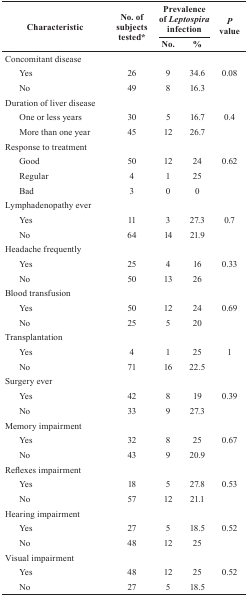
<table><thead><tr><td rowspan="2"><b>Characteristic</b></td><td rowspan="2"><b>No. of subjects tested*</b></td><td colspan="2"><b>Prevalence of <i>Leptospira</i> infection</b></td><td rowspan="2"><b><i>P</i> value</b></td></tr><tr><td><b>No.</b></td><td><b>%</b></td></tr></thead><tbody><tr><td colspan="5">Concomitant disease</td></tr><tr><td>Yes</td><td>26</td><td>9</td><td>34.6</td><td>0.08</td></tr><tr><td>No</td><td>49</td><td>8</td><td>16.3</td><td> </td></tr><tr><td colspan="5">Duration of liver disease</td></tr><tr><td>One or less years</td><td>30</td><td>5</td><td>16.7</td><td>0.4</td></tr><tr><td>More than one year</td><td>45</td><td>12</td><td>26.7</td><td> </td></tr><tr><td colspan="5">Response to treatment</td></tr><tr><td>Good</td><td>50</td><td>12</td><td>24</td><td>0.62</td></tr><tr><td>Regular</td><td>4</td><td>1</td><td>25</td><td> </td></tr><tr><td>Bad</td><td>3</td><td>0</td><td>0</td><td> </td></tr><tr><td colspan="5">Lymphadenopathy ever</td></tr><tr><td>Yes</td><td>11</td><td>3</td><td>27.3</td><td>0.7</td></tr><tr><td>No</td><td>64</td><td>14</td><td>21.9</td><td> </td></tr><tr><td colspan="5">Headache frequently</td></tr><tr><td>Yes</td><td>25</td><td>4</td><td>16</td><td>0.33</td></tr><tr><td>No</td><td>50</td><td>13</td><td>26</td><td> </td></tr><tr><td colspan="5">Blood transfusion</td></tr><tr><td>Yes</td><td>50</td><td>12</td><td>24</td><td>0.69</td></tr><tr><td>No</td><td>25</td><td>5</td><td>20</td><td> </td></tr><tr><td colspan="5">Transplantation</td></tr><tr><td>Yes</td><td>4</td><td>1</td><td>25</td><td>1</td></tr><tr><td>No</td><td>71</td><td>16</td><td>22.5</td><td> </td></tr><tr><td colspan="5">Surgery ever</td></tr><tr><td>Yes</td><td>42</td><td>8</td><td>19</td><td>0.39</td></tr><tr><td>No</td><td>33</td><td>9</td><td>27.3</td><td> </td></tr><tr><td colspan="5">Memory impairment</td></tr><tr><td>Yes</td><td>32</td><td>8</td><td>25</td><td>0.67</td></tr><tr><td>No</td><td>43</td><td>9</td><td>20.9</td><td> </td></tr><tr><td colspan="5">Reflexes impairment</td></tr><tr><td>Yes</td><td>18</td><td>5</td><td>27.8</td><td>0.53</td></tr><tr><td>No</td><td>57</td><td>12</td><td>21.1</td><td> </td></tr><tr><td colspan="5">Hearing impairment</td></tr><tr><td>Yes</td><td>27</td><td>5</td><td>18.5</td><td>0.52</td></tr><tr><td>No</td><td>48</td><td>12</td><td>25</td><td> </td></tr><tr><td colspan="5">Visual impairment</td></tr><tr><td>Yes</td><td>48</td><td>12</td><td>25</td><td>0.52</td></tr><tr><td>No</td><td>27</td><td>5</td><td>18.5</td><td> </td></tr></tbody></table>